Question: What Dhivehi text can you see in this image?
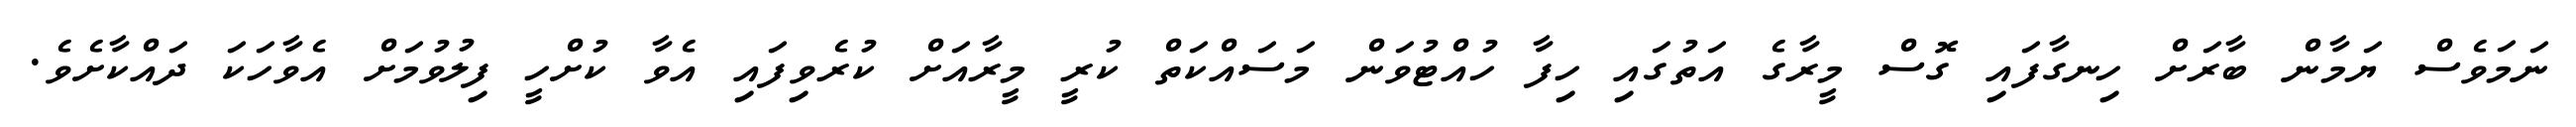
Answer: ނަމަވެސް ޔަމާން ބާރަށް ހިނގާފައި ގޮސް މީރާގެ އަތުގައި ހިފާ ހުއްޓުވަން މަސައްކަތް ކުރީ މީރާއަށް ކުރެވިފައި އެވާ ކުށްހީ ފިލުވުމަށް އެވާހަކަ ދައްކާށެވެ.